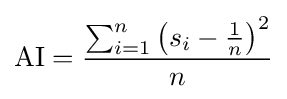
{\text{AI}}={\frac {\sum _{i=1}^{n}\left(s_{i}-{\frac {1}{n}}\right)^{2}}{n}}